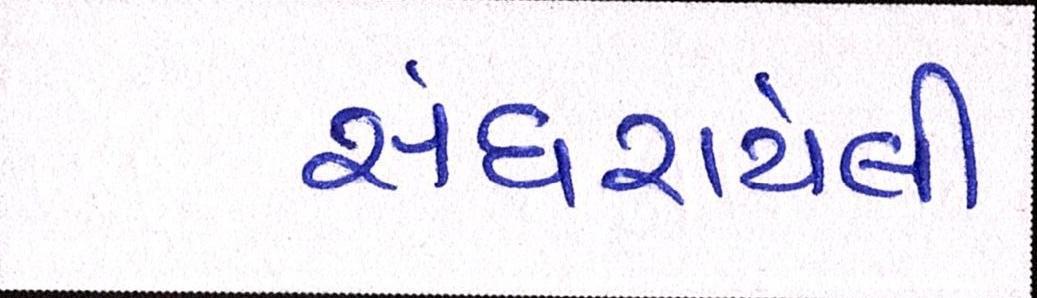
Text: સંઘરાયેલી